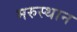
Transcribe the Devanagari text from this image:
मरुस्थान